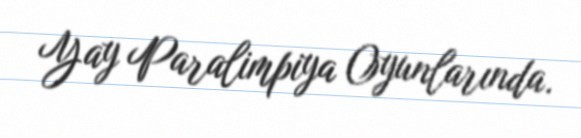
Yay Paralimpiya Oyunlarında.